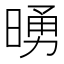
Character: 𪰵